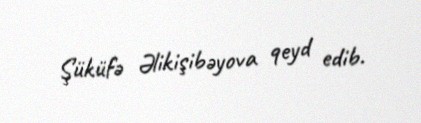
Şüküfə Əlikişibəyova qeyd edib.